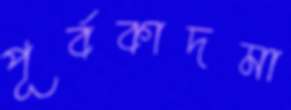
পূর্বকাদমা